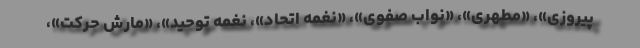
پیروزی»، «مطهری»، «نواب صفوی»، «نغمه اتحاد»، نغمه توحید»، «مارش حرکت»،